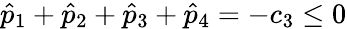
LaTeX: \hat{p}_{1}+\hat{p}_{2}+\hat{p}_{3}+\hat{p}_{4}=-c_{3}\leq 0